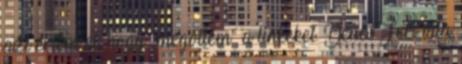
azt értem el, hogy „megöltem” a linkeket. DenesFeri vita